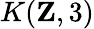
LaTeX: K(\mathbf{Z},3)